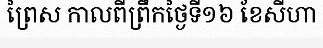
ព្រៃស កាលពីព្រឹកថ្ងៃទី១៦ ខែសីហា